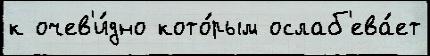
к очев'и́дно кото́рым ослаб'ева́ет